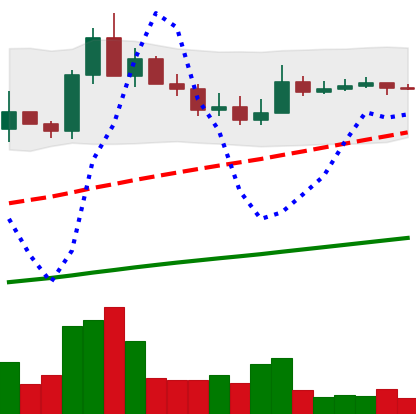
Ticker: ADA-USD
Chart end date: 2021-04-01
Forward return: 5.559%
Label: up_5_7